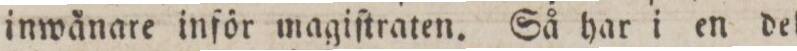
inwånare inför magiſtraten. Så har i en del